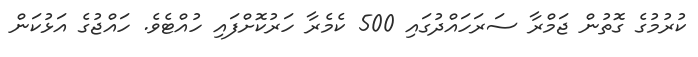
ކުރުމުގެ ގޮތުން ޖަމްރާ ސަރަހައްދުގައި 500 ކެމެރާ ހަރުކޮށްފައި ހުއްޓެވެ. ހައްޖުގެ އަޅުކަން